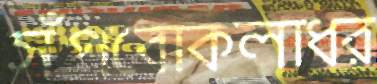
সঁপবোকলাধর